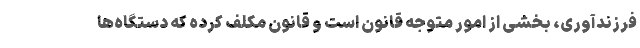
فرزندآوری، بخشی از امور متوجه قانون است و قانون مکلف کرده که دستگاه‌ها